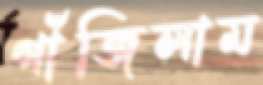
গাঁজিলাম